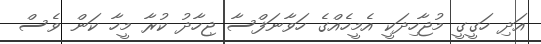
އަދި ހަގީގީ މުޖާހިދަކީ އެމީހެއްގެ ހަވާނަފްސާ ޖިހާދު ކުރާ މީހާ ކަން ވެސް